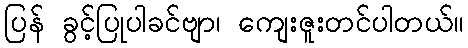
ပြန် ခွင့်ပြုပါခင်ဗျာ၊ ကျေးဇူးတင်ပါတယ်။